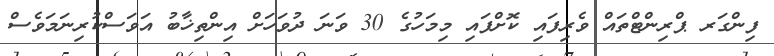
ފިންގަރ ޕްރިންޓްތައް ވެރިފައި ކޮށްފައި މިމަހުގެ 30 ވަނަ ދުވަހަށް އިންތިޚާބު އަވަސްކުރިނަމަވެސް